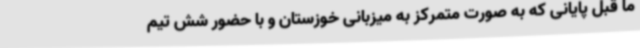
ما قبل پایانی که به صورت متمرکز به میزبانی خوزستان و با حضور شش تیم